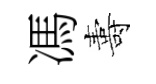
馮夀